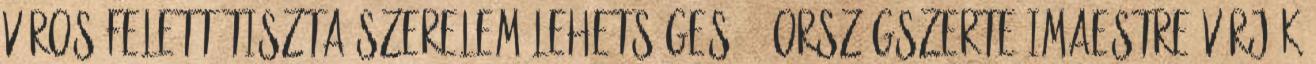
város felett Tiszta szerelem Lehetséges? – Országszerte imaestre várják